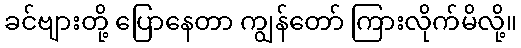
ခင်ဗျားတို့ ပြောနေတာ ကျွန်တော် ကြားလိုက်မိလို့။